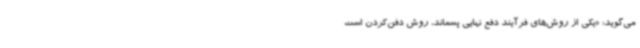
می‌گوید: «یکی از روش‌های فرآیند دفع نهایی پسماند، روش‌ دفن‌کردن است